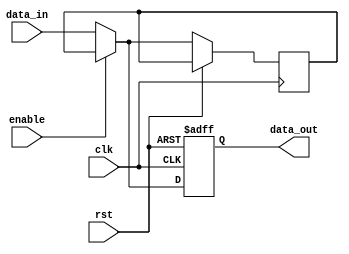
module VariableWidthBypass(
    input clk,
    input rst,
    input [7:0] data_in,
    input enable,
    output reg [7:0] data_out
);

reg [7:0] bypass_data;

always @(posedge clk or posedge rst) begin
    if(rst) begin
        data_out <= 8'b0;
    end else if(enable) begin
        data_out <= bypass_data;
    end else begin
        data_out <= data_in;
        bypass_data <= data_in;
    end
end

endmodule